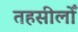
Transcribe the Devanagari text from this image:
तहसीलोँ